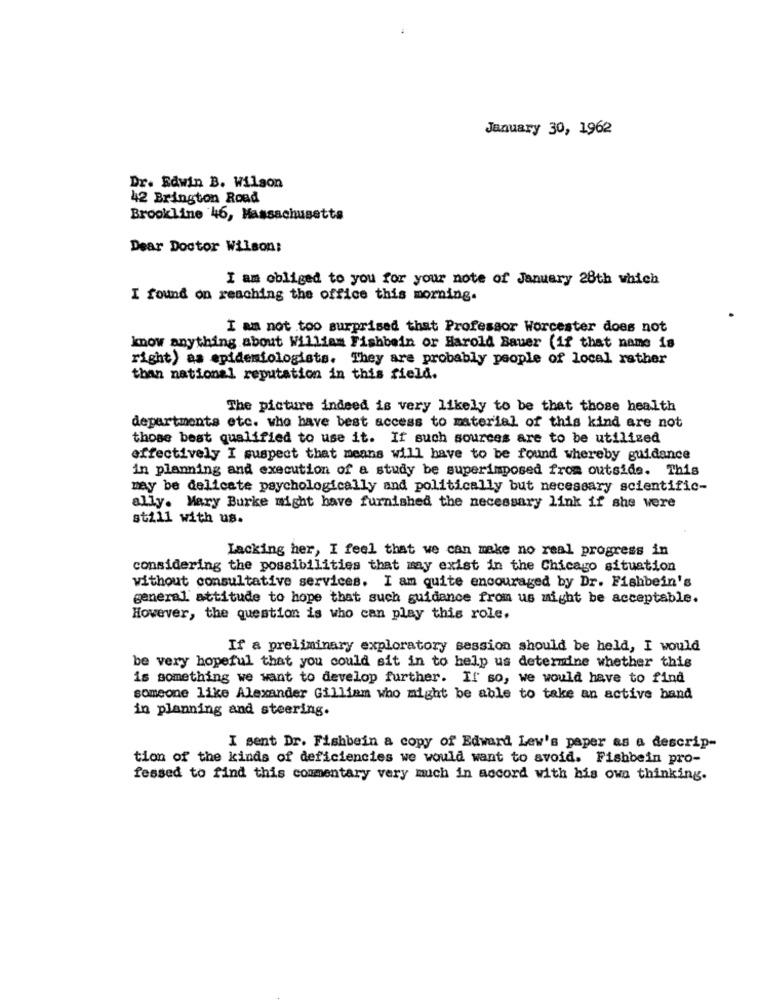
January 30, 1962
Dr. Edwin B. Wilson
42 Brington Road
Brookline 46, Massachusetts
Dear Doctor Wilson:
I am obliged to you for your note of January 28th which
I found on reaching the office this morning.
I am not too surprised that Professor Worcester does not
know anything about William Fishbein or Harold Bauer (if that name is
right) as epidemiologists. They are probably people of local rather
than national reputation in this field.
The picture indeed is very likely to be that those health
departments etc. who have best access to material of this kind are not
those best qualified to use it. If such sources are to be utilized
effectively I suspect that means will have to be found whereby guidance
in planning and execution of a study be superimposed from outside. This
may be delicate psychologically and politically but necessary scientific-
ally. Mary Burke might have furnished the necessary link if she were
still with us.
Lacking her, I feel that we can make no real progress in
considering the possibilities that may exist in the Chicago situation
without consultative services. I am quite encouraged by Dr. Fishbein's
general attitude to hope that such guidance from us might be acceptable.
However, the question is who can play this role.
If a preliminary exploratory session should be held, I would
be very hopeful that you could sit in to help us determine whether this
is something we want to develop further. If so, we would have to find
someone like Alexander Gilliam who might be able to take an active hand
in planning and steering.
I sent Dr. Fishbein a copy of Edward Lew's paper as a descrip-
tion of the kinds of deficiencies we would want to avoid. Fishbein pro-
fessed to find this commentary very much in accord with his own thinking.